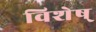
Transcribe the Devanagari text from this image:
विशेष्